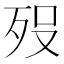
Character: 𭮈